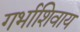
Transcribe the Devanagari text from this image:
गर्भाशिवाय